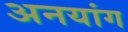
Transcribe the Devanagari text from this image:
अनयांग